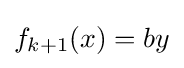
f_{k+1}(x)=by